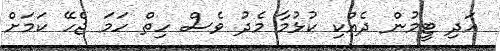
އަދި ޓީމުން ދެއްކި ކުޅުމާ މެދު ވެސް ހިތް ހަމަ ޖެހޭ ކަމަށް